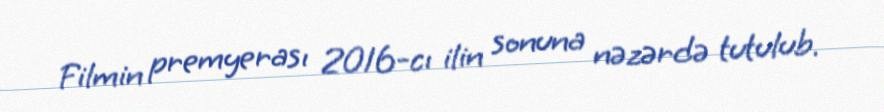
Filmin premyerası 2016-cı ilin sonuna nəzərdə tutulub.